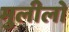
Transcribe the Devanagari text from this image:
मुलीलो